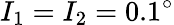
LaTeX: I_{1}=I_{2}=0.1^{\circ}